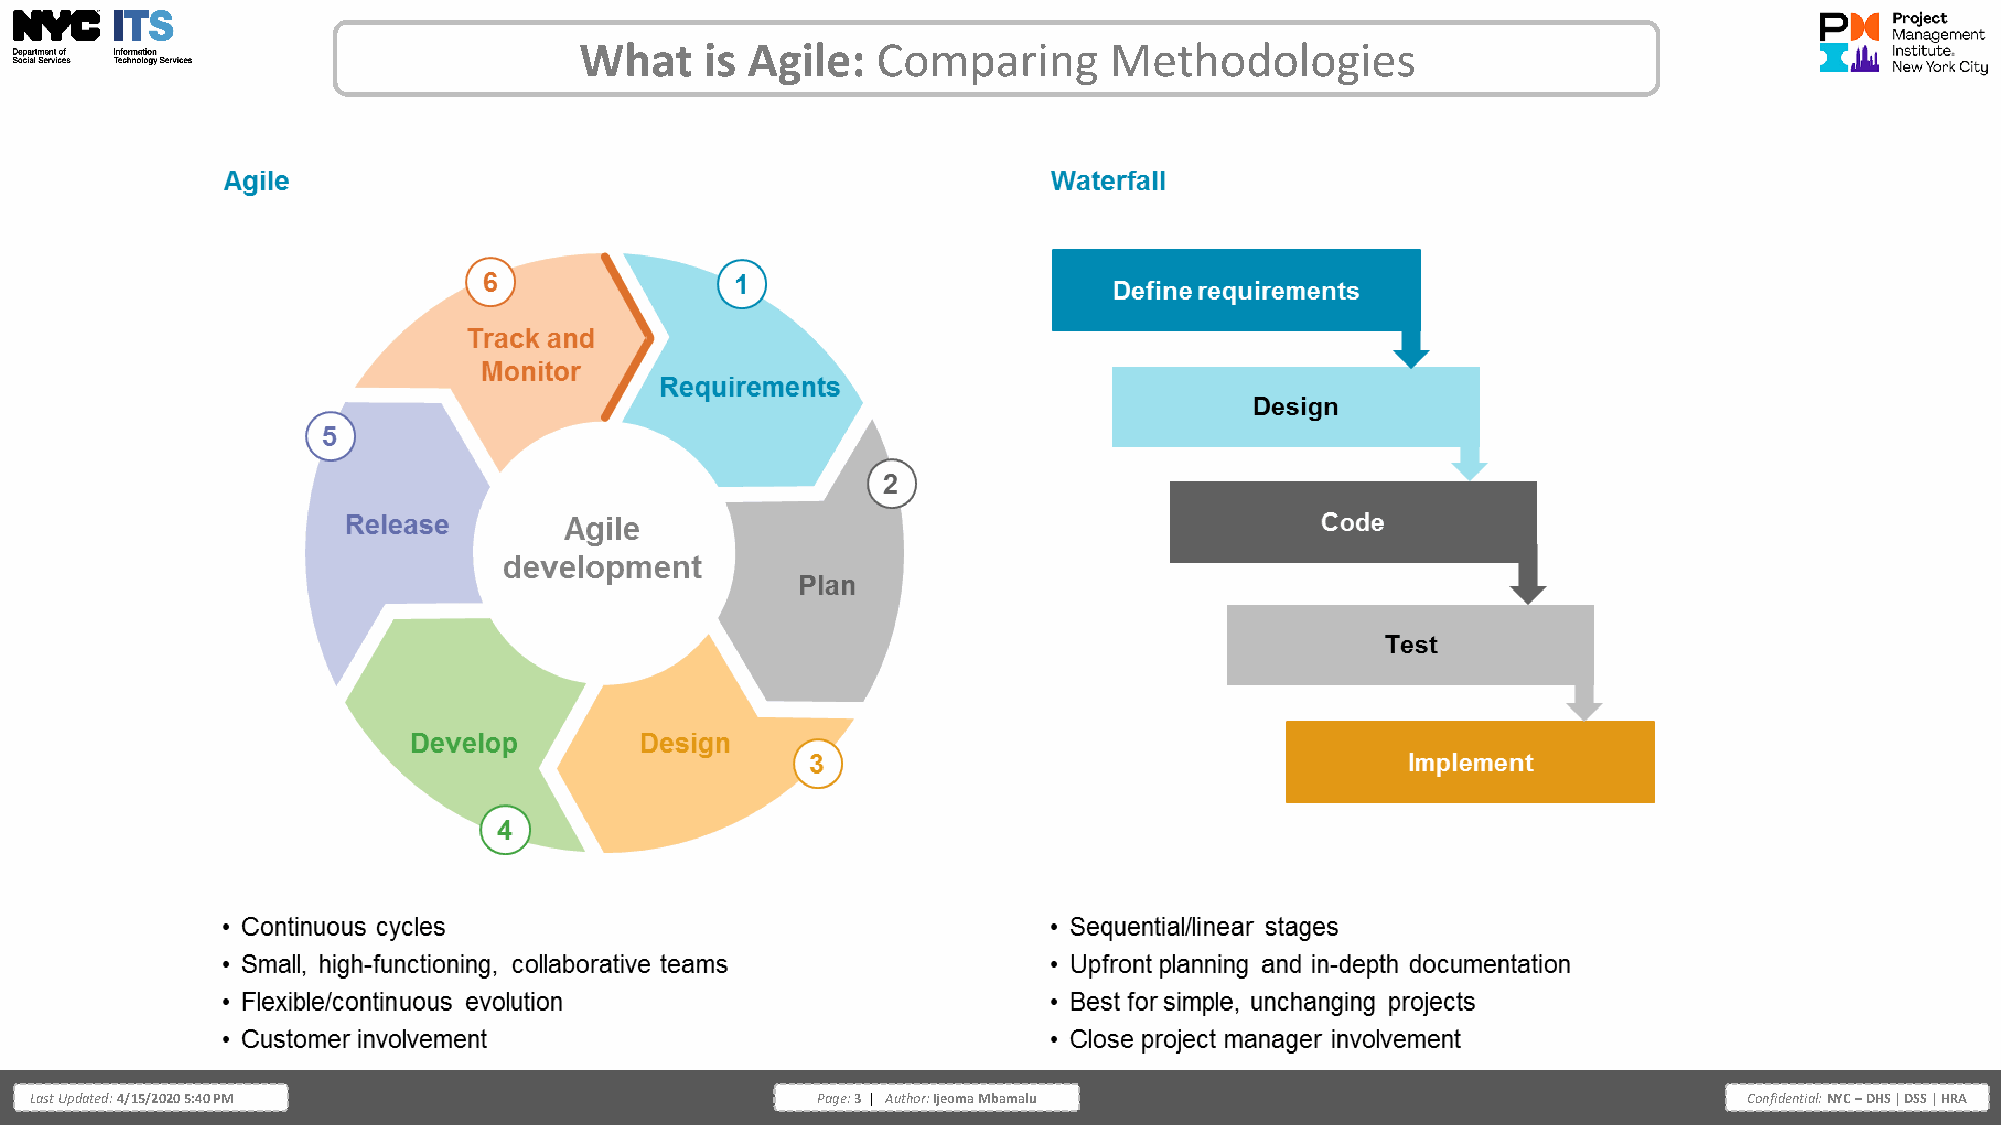
What     is Agile:  Comparing      Methodologies
 Last Updated: 4/15/2020 5:40 PM                     Page: 3 | Author: Ijeoma Mbamalu                              Confidential: NYC – DHS | DSS | HRA